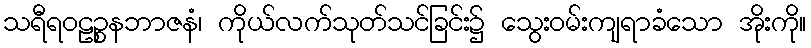
သရီရဝဠဉ္စနဘာဇနံ၊ ကိုယ်လက်သုတ်သင်ခြင်း၌ သွေးဝမ်းကျရာခံသော အိုးကို။